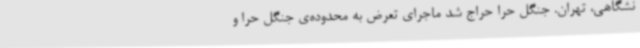
نشگاهی، تهران. جنگل حرا حراج شد ماجرای تعرض به محدوده‌ی جنگل حرا و